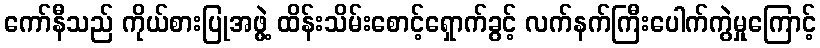
ကော်နီသည် ကိုယ်စားပြုအဖွဲ့ ထိန်းသိမ်းစောင့်ရှောက်ခွင့် လက်နက်ကြီးပေါက်ကွဲမှုကြောင့်